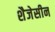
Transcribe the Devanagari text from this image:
शैजेसीन